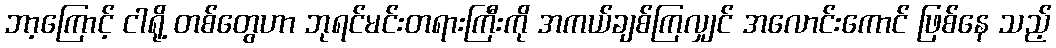
ဘာ့ကြောင့် ငါရို့ တစ်တွေဟာ ဘုရင်မင်းတရားကြီးကို အကယ်ချစ်ကြလျှင် အလောင်းကောင် ဖြစ်နေ သည့်